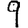
Digit: 9